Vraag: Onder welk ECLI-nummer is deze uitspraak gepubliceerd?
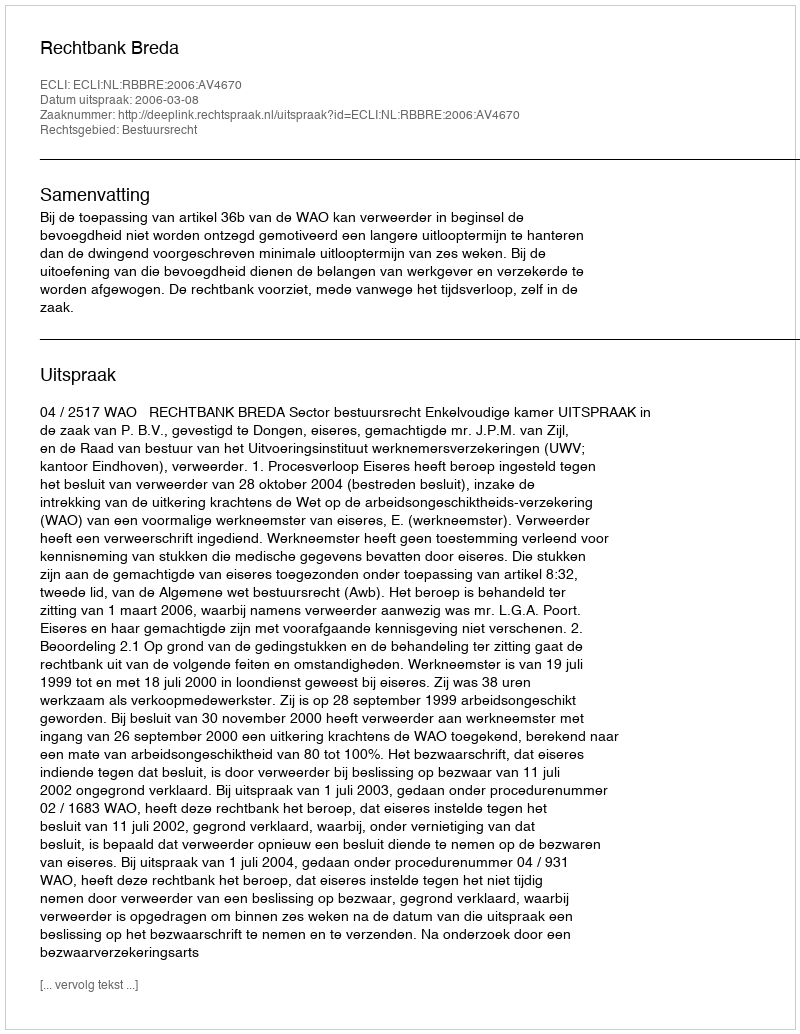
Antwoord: ECLI:NL:RBBRE:2006:AV4670